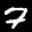
Label: 7